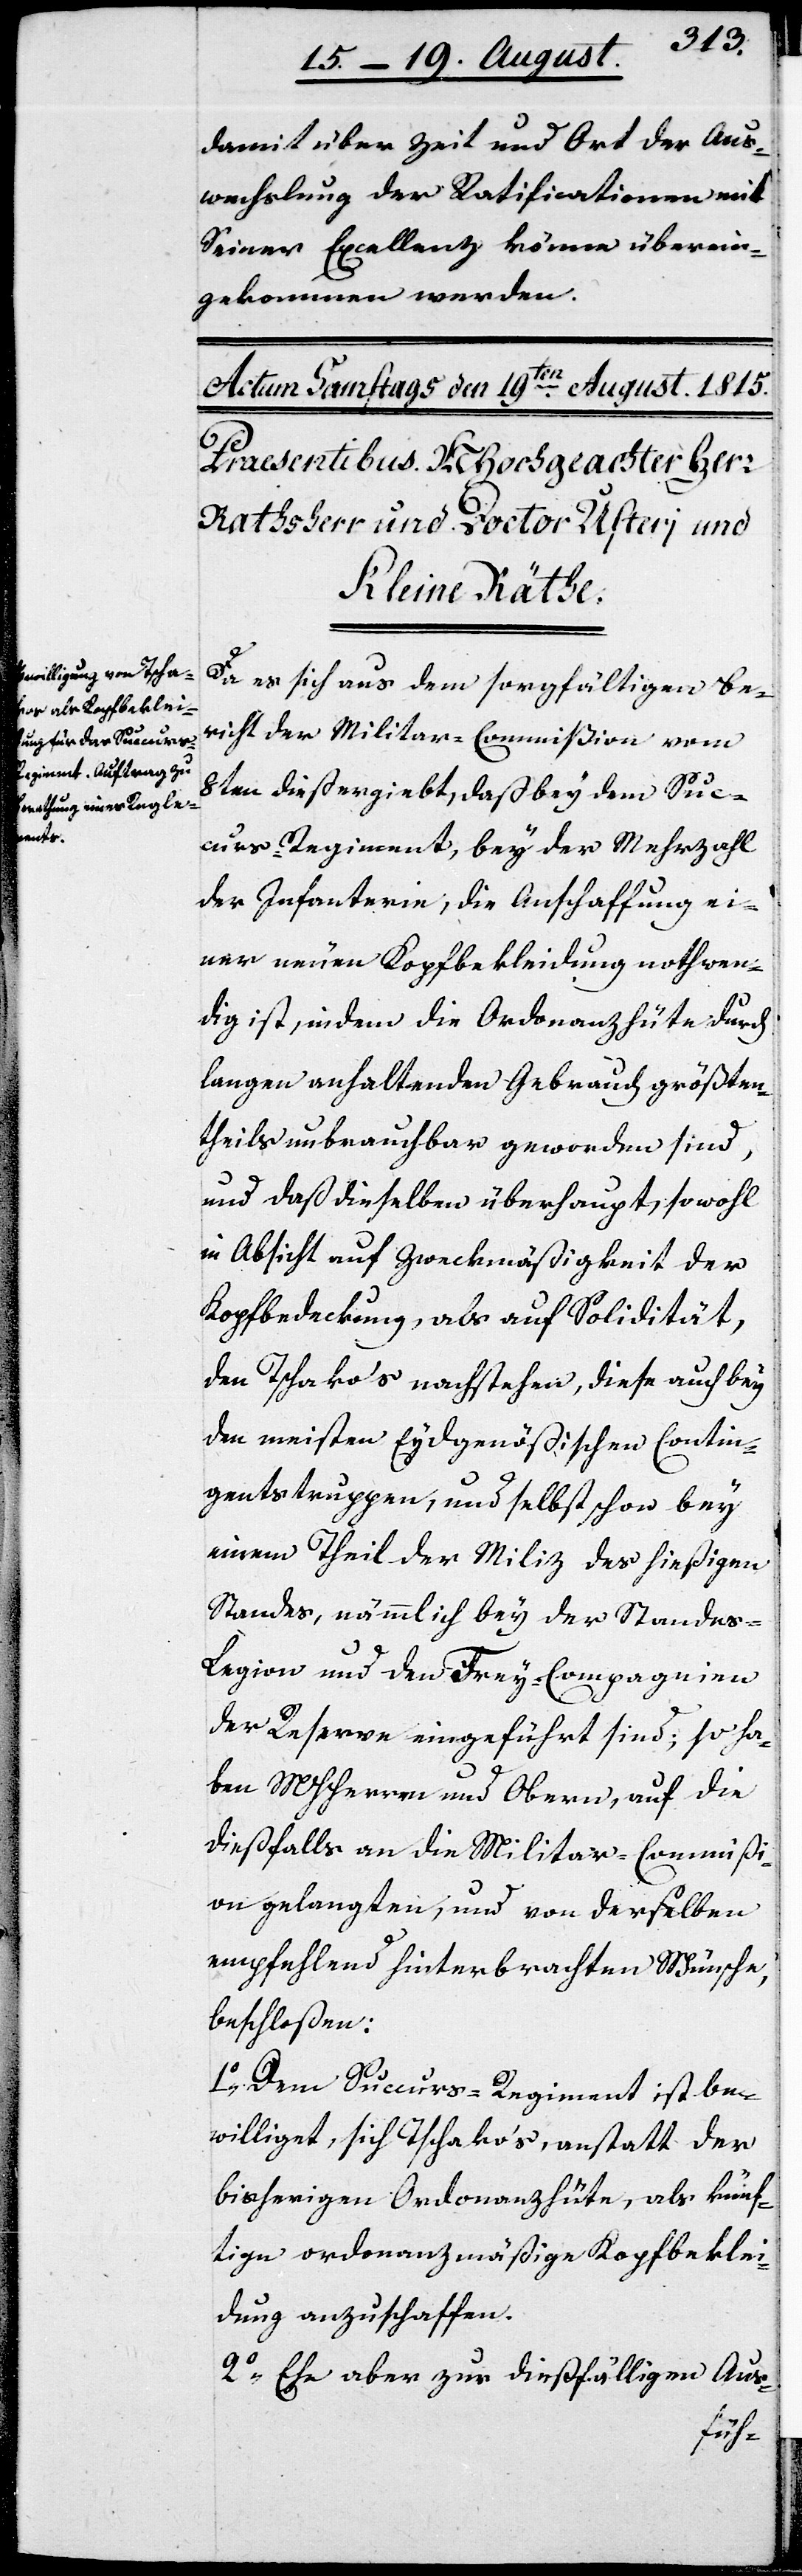
damit über Zeit und Ort der Aus¬
wechslung der Ratificationen mit
Seiner Excellenz könne überein¬
gekommen werden.
Da es sich aus dem sorgfältigen Be¬
richt der Militar-Commißion vom
8ten dieß ergiebt, daß bey dem Suc¬
curs-Regiment, bey der Mehrzahl
der Infanterie, die Anschaffung ei¬
ner neuen Kopfbekleidung nothwen¬
dig ist, in dem die Ordonanzhüte durch
langen anhaltenden Gebrauch größten¬
theils unbrauchbar geworden sind,
und daß dieselben überhaupt, sowohl
in Absicht auf Zweckmäßigkeit der
Kopfbedeckung, als auf Solidität,
den Tschakos nachstehen, diese auch bey
den meisten Eydgenößischen Contin¬
gentstruppen und selbst schon bey
einem Theil der Miliz des hießigen
Standes, nämmlich bey der Standes¬
legion und den Frey-Compagnien
der Reserve eingeführt sind; so ha¬
ben MHHerren und Obern, auf die
dießfalls an die Militar-Commißi¬
on gelangten, und von derselben
empfehlend hinterbrachten Wünsche,
beschloßen:
1.) Dem Succurs-Regiment ist be¬
williget, sich Tschakos, anstatt der
bisherigen Ordonanzhüte, als künf¬
tige ordonanzmäßige Kopfbeklei¬
dung anzuschaffen.
2.) Ehe aber zur dießfälligen Aus-